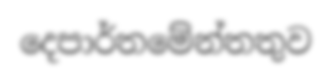
දෙපාර්තමේන්තතුව